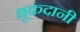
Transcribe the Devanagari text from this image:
थूकदानी